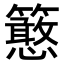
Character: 𥷌